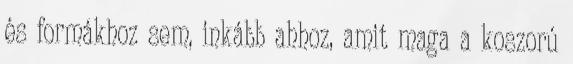
és formákhoz sem, inkább ahhoz, amit maga a koszorú